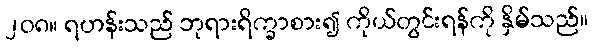
၂၀၈။ ရဟန်းသည် ဘုရားရိက္ခာစား၍ ကိုယ်တွင်းရန်ကို နှိမ်သည်။